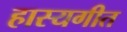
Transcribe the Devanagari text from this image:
हास्यगीत